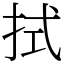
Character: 拭